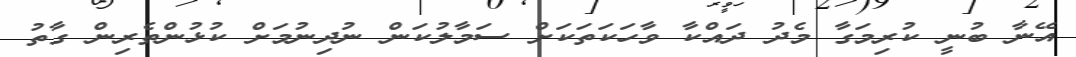
އޭނާ ބުނީ ކުރިމަގާ މެދު ދައްކާ ވާހަކަތަކަށް ސަމާލުކަން ނުދިނުމަށް ކުޅުންތެރިން ގާތު